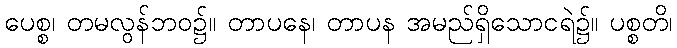
ပေစ္စ၊ တမလွန်ဘဝ၌။ တာပနေ၊ တာပန အမည်ရှိသောငရဲ၌။ ပစ္စတိ၊